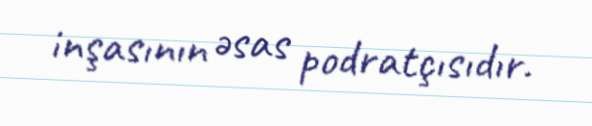
inşasının əsas podratçısıdır.